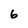
Character: 6